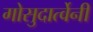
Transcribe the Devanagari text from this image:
गोसुदार्त्वेनी